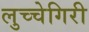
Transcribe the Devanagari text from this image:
लुच्चेगिरी